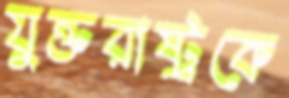
যুক্তরাষ্ট্রকে